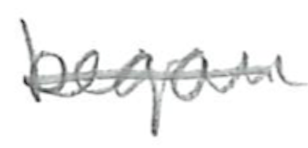
Text: began
Cross-out: single-line
Writing tool: pencil